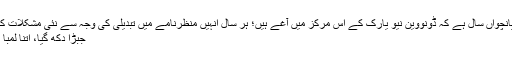
یہ پانچواں سال ہے کہ ڈونووین نیو یارک کے اس مرکز میں آغے ہیں؛ ہر سال انہیں منظرنامے میں تبدیلی کی وجہ سے نئی مشکلات ک...
جبڑا دکھ گیا، اتنا لمبا نام؟